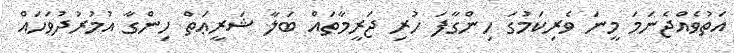
އަތުވެއްޖެނަމަ މީނަ ވެރިކަމުގަ ހިންގާފަ ހުރި ޖަރީމާތައް ބަލާ ޝަރީޢަތް ހިންގާ އުމުރުދުވަހައް